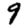
Digit: 9